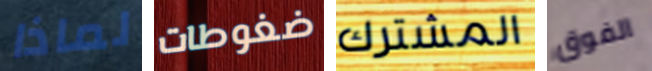
لماذا ضغوطات المشترك الفوق